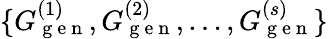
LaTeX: \{ G_{\mathrm{~g~e~n~}}^{(1)},G_{\mathrm{~g~e~n~}}^{(2)},\dots,G_{\mathrm{~g~e~n~}}^{(s)}\}